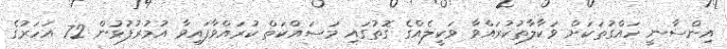
އިންސާނީ ހައްގުތަކަށް ވަކާލާތުކުރައްވާ ވަކީލެއްގެ ގޮތުގައި މަސައްކަތް ކުރައްވާފައިވާ އުމުރުފުޅުން 72 އަހަރުގެ